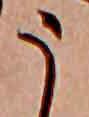
う